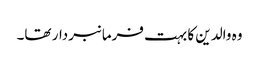
وہ والدین کا بہت فرمانبردار تھا۔